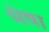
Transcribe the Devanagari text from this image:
भेषा